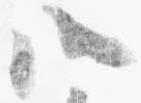
八